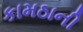
કામઠાની